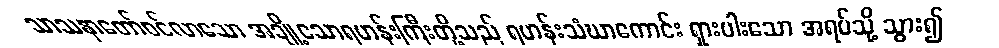
သာသနာတော်ဝင်လာသော အချို့သောရဟန်းကြီးတို့သည် ရဟန်းသံဃာကောင်း ရှားပါးသော အရပ်သို့ သွား၍